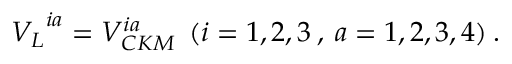
{ V _ { L } } ^ { i a } = V _ { C K M } ^ { i a } \: \: ( i = 1 , 2 , 3 \: , \: a = 1 , 2 , 3 , 4 ) \: .